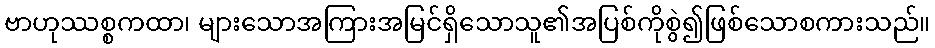
ဗာဟုဿစ္စကထာ၊ များသောအကြားအမြင်ရှိသောသူ၏အပြစ်ကိုစွဲ၍ဖြစ်သောစကားသည်။